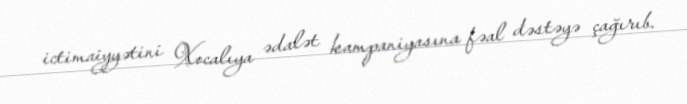
ictimaiyyətini Xocalıya ədalət kampaniyasına fəal dəstəyə çağırıb.